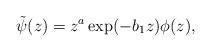
LaTeX: \begin{align*} \tilde{\psi}(z) = z^a \exp(-b_1z) \phi(z),\end{align*}